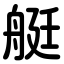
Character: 艇